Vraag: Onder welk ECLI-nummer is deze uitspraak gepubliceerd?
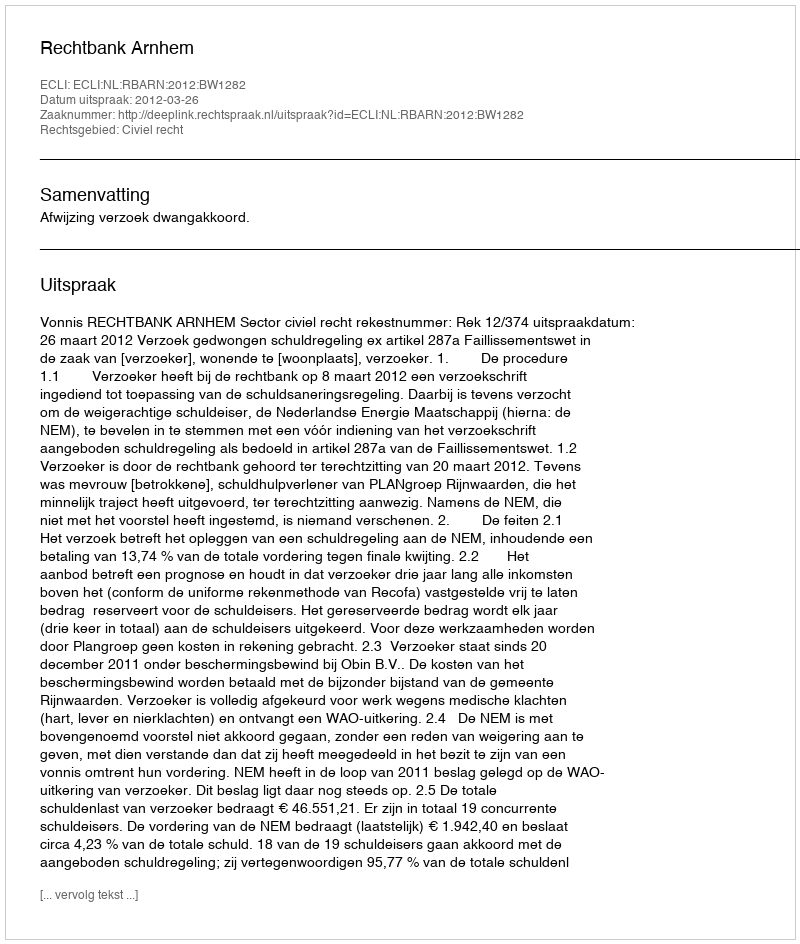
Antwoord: ECLI:NL:RBARN:2012:BW1282